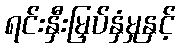
ရင်းနှီးမြှပ်နှံမှုနှင့်